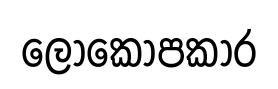
ලොකොපකාර